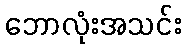
ဘောလုံးအသင်း